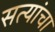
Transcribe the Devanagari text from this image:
सत्यांचा